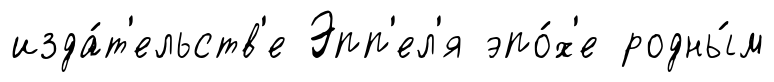
изда́т'ельств'е Эпп'ел'я эпо́х'е родны́м